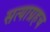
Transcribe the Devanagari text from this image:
सत्याग्रहच